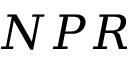
N P R